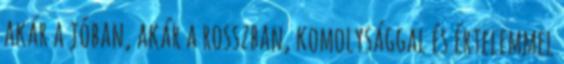
akár a jóban, akár a rosszban, komolysággal és értelemmel